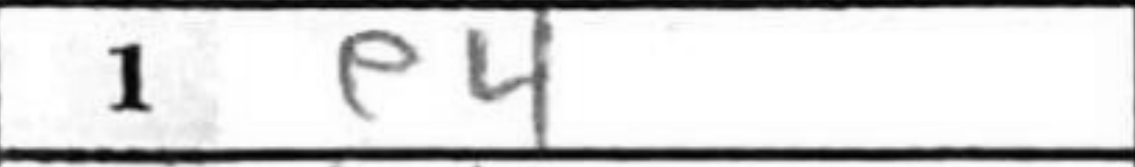
Transcription: e4